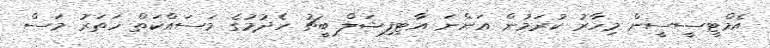
އެމްޓީސީސީން މިހާރު ކުރަމުން އަންނަ އާޓިފިޝަލް ބީޗު ހެދުމުގެ މަސައްކަތް ހަތަރު މަސް